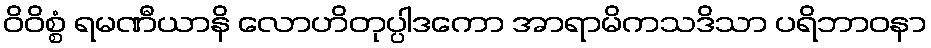
ဝိဝိစ္စံ ရမဏီယာနိ လောဟိတုပ္ပါဒကော အာရာမိကသဒိသာ ပရိဘာဝနာ